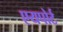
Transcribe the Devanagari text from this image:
एयपोर्ट